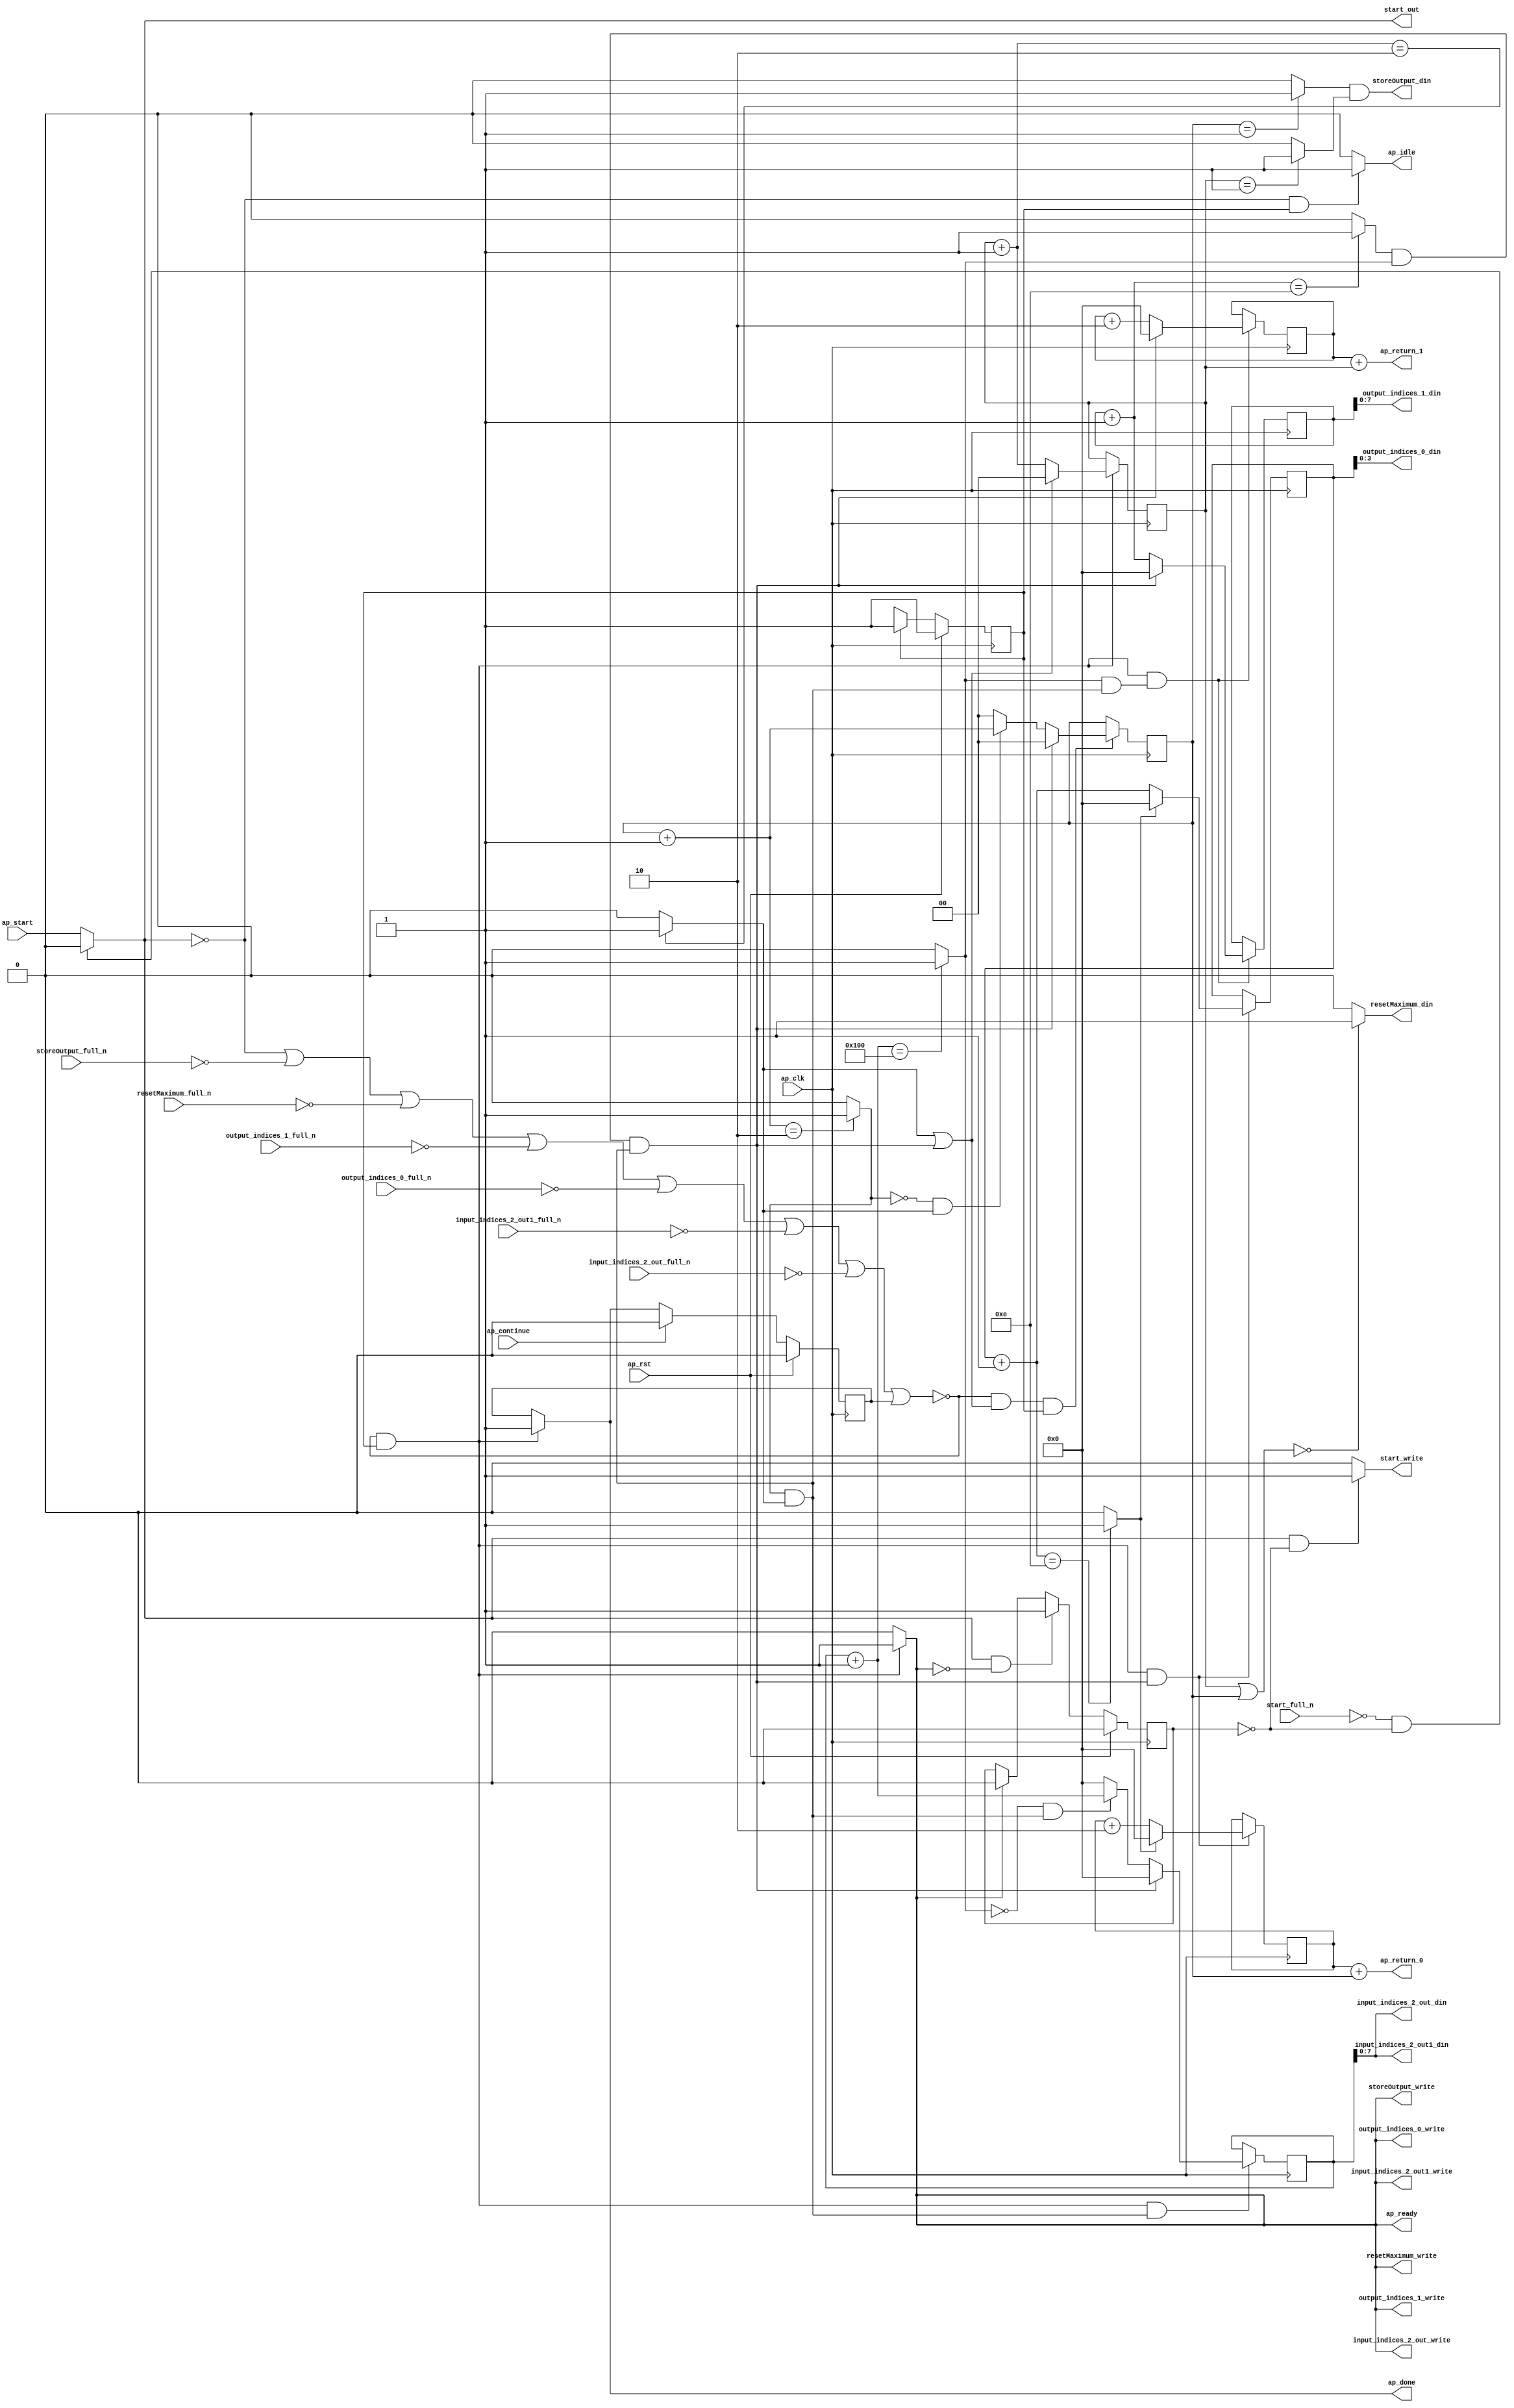
`define EXPONENT 5
`define MANTISSA 10
`define ACTUAL_MANTISSA 11
`define EXPONENT_LSB 10
`define EXPONENT_MSB 14
`define MANTISSA_LSB 0
`define MANTISSA_MSB 9
`define MANTISSA_MUL_SPLIT_LSB 3
`define MANTISSA_MUL_SPLIT_MSB 9
`define SIGN 1
`define SIGN_LOC 15
`define DWIDTH (`SIGN+`EXPONENT+`MANTISSA)
`define IEEE_COMPLIANCE 1

module td_fused_top_tdf8_get_next_ijk (
        ap_clk,
        ap_rst,
        ap_start,
        start_full_n,
        ap_done,
        ap_continue,
        ap_idle,
        ap_ready,
        start_out,
        start_write,
        input_indices_2_out_din,
        input_indices_2_out_full_n,
        input_indices_2_out_write,
        input_indices_2_out1_din,
        input_indices_2_out1_full_n,
        input_indices_2_out1_write,
        output_indices_0_din,
        output_indices_0_full_n,
        output_indices_0_write,
        output_indices_1_din,
        output_indices_1_full_n,
        output_indices_1_write,
        resetMaximum_din,
        resetMaximum_full_n,
        resetMaximum_write,
        storeOutput_din,
        storeOutput_full_n,
        storeOutput_write,
        ap_return_0,
        ap_return_1
);

parameter    ap_ST_fsm_state1 = 1'd1;

input   ap_clk;
input   ap_rst;
input   ap_start;
input   start_full_n;
output   ap_done;
input   ap_continue;
output   ap_idle;
output   ap_ready;
output   start_out;
output   start_write;
output  [7:0] input_indices_2_out_din;
input   input_indices_2_out_full_n;
output   input_indices_2_out_write;
output  [7:0] input_indices_2_out1_din;
input   input_indices_2_out1_full_n;
output   input_indices_2_out1_write;
output  [3:0] output_indices_0_din;
input   output_indices_0_full_n;
output   output_indices_0_write;
output  [7:0] output_indices_1_din;
input   output_indices_1_full_n;
output   output_indices_1_write;
output   resetMaximum_din;
input   resetMaximum_full_n;
output   resetMaximum_write;
output   storeOutput_din;
input   storeOutput_full_n;
output   storeOutput_write;
output  [15:0] ap_return_0;
output  [15:0] ap_return_1;

reg ap_done;
reg ap_idle;
reg start_write;
reg input_indices_2_out_write;
reg input_indices_2_out1_write;
reg output_indices_0_write;
reg output_indices_1_write;
reg resetMaximum_write;
reg storeOutput_write;

reg    real_start;
reg    start_once_reg;
reg    ap_done_reg;
  reg   [0:0] ap_CS_fsm;
wire    ap_CS_fsm_state1;
reg    internal_ap_ready;
reg   [1:0] i_p;
reg   [1:0] j_p;
reg   [15:0] i_8;
reg   [15:0] j_8;
reg   [15:0] k_8;
reg   [15:0] i_out;
reg   [15:0] j_out;
reg    input_indices_2_out_blk_n;
reg    input_indices_2_out1_blk_n;
reg    output_indices_0_blk_n;
reg    output_indices_1_blk_n;
reg    resetMaximum_blk_n;
reg    storeOutput_blk_n;
wire   [1:0] select_ln142_fu_336_p3;
reg    ap_block_state1;
wire   [0:0] or_ln142_fu_310_p2;
wire   [1:0] select_ln142_1_fu_344_p3;
wire   [15:0] select_ln147_fu_276_p3;
wire   [0:0] and_ln142_1_fu_304_p2;
wire   [15:0] select_ln142_2_fu_358_p3;
wire   [0:0] and_ln132_fu_352_p2;
wire   [15:0] select_ln142_3_fu_386_p3;
wire   [0:0] and_ln135_fu_292_p2;
wire   [15:0] select_ln147_1_fu_284_p3;
wire   [15:0] select_ln142_4_fu_394_p3;
wire   [7:0] trunc_ln128_fu_180_p1;
wire   [1:0] or_ln124_fu_124_p2;
wire   [0:0] icmp_ln125_fu_137_p2;
wire   [0:0] icmp_ln125_1_fu_143_p2;
wire   [15:0] zext_ln126_fu_112_p1;
wire   [15:0] zext_ln127_fu_120_p1;
wire   [1:0] add_ln131_fu_204_p2;
wire   [1:0] add_ln134_fu_216_p2;
wire   [15:0] add_ln137_fu_228_p2;
wire   [15:0] add_ln141_fu_246_p2;
wire   [15:0] add_ln146_fu_264_p2;
wire   [0:0] icmp_ln147_fu_270_p2;
wire   [15:0] add_ln145_fu_258_p2;
wire   [0:0] icmp_ln132_fu_210_p2;
wire   [0:0] icmp_ln135_fu_222_p2;
wire   [0:0] icmp_ln138_fu_234_p2;
wire   [0:0] icmp_ln142_fu_252_p2;
wire   [0:0] and_ln142_fu_298_p2;
wire   [0:0] xor_ln135_fu_316_p2;
wire   [0:0] and_ln135_1_fu_322_p2;
wire   [1:0] select_ln135_fu_328_p3;
wire   [15:0] add_ln140_fu_240_p2;
wire   [0:0] xor_ln138_fu_366_p2;
wire   [0:0] and_ln138_fu_372_p2;
wire   [15:0] select_ln138_fu_378_p3;
wire   [15:0] add_ln126_fu_160_p2;
wire   [15:0] add_ln127_fu_170_p2;
reg   [0:0] ap_NS_fsm;
wire    ap_ce_reg;

// power-on initialization
initial begin
#0 start_once_reg = 1'b0;
#0 ap_done_reg = 1'b0;
#0 ap_CS_fsm = 1'd1;
#0 i_p = 2'd0;
#0 j_p = 2'd0;
#0 i_8 = 16'd0;
#0 j_8 = 16'd0;
#0 k_8 = 16'd0;
#0 i_out = 16'd0;
#0 j_out = 16'd0;
end

always @ (posedge ap_clk) begin
    if (ap_rst == 1'b1) begin
        ap_CS_fsm <= ap_ST_fsm_state1;
    end else begin
        ap_CS_fsm <= ap_NS_fsm;
    end
end

always @ (posedge ap_clk) begin
    if (ap_rst == 1'b1) begin
        ap_done_reg <= 1'b0;
    end else begin
        if ((ap_continue == 1'b1)) begin
            ap_done_reg <= 1'b0;
        end else if ((~((real_start == 1'b0) | (storeOutput_full_n == 1'b0) | (resetMaximum_full_n == 1'b0) | (output_indices_1_full_n == 1'b0) | (output_indices_0_full_n == 1'b0) | (input_indices_2_out1_full_n == 1'b0) | (input_indices_2_out_full_n == 1'b0) | (ap_done_reg == 1'b1)) & (1'b1 == ap_CS_fsm_state1))) begin
            ap_done_reg <= 1'b1;
        end
    end
end

always @ (posedge ap_clk) begin
    if (ap_rst == 1'b1) begin
        start_once_reg <= 1'b0;
    end else begin
        if (((real_start == 1'b1) & (internal_ap_ready == 1'b0))) begin
            start_once_reg <= 1'b1;
        end else if ((internal_ap_ready == 1'b1)) begin
            start_once_reg <= 1'b0;
        end
    end
end

always @ (posedge ap_clk) begin
    if ((~((real_start == 1'b0) | (storeOutput_full_n == 1'b0) | (resetMaximum_full_n == 1'b0) | (output_indices_1_full_n == 1'b0) | (output_indices_0_full_n == 1'b0) | (input_indices_2_out1_full_n == 1'b0) | (input_indices_2_out_full_n == 1'b0) | (ap_done_reg == 1'b1)) & (1'b1 == ap_CS_fsm_state1) & (1'd1 == and_ln142_1_fu_304_p2))) begin
        i_8 <= select_ln147_fu_276_p3;
        i_out <= select_ln147_1_fu_284_p3;
    end
end

always @ (posedge ap_clk) begin
    if ((~((real_start == 1'b0) | (storeOutput_full_n == 1'b0) | (resetMaximum_full_n == 1'b0) | (output_indices_1_full_n == 1'b0) | (output_indices_0_full_n == 1'b0) | (input_indices_2_out1_full_n == 1'b0) | (input_indices_2_out_full_n == 1'b0) | (ap_done_reg == 1'b1)) & (or_ln142_fu_310_p2 == 1'd1) & (1'b1 == ap_CS_fsm_state1))) begin
        i_p <= select_ln142_fu_336_p3;
    end
end

always @ (posedge ap_clk) begin
    if ((~((real_start == 1'b0) | (storeOutput_full_n == 1'b0) | (resetMaximum_full_n == 1'b0) | (output_indices_1_full_n == 1'b0) | (output_indices_0_full_n == 1'b0) | (input_indices_2_out1_full_n == 1'b0) | (input_indices_2_out_full_n == 1'b0) | (ap_done_reg == 1'b1)) & (1'b1 == ap_CS_fsm_state1) & (1'd1 == and_ln132_fu_352_p2))) begin
        j_8 <= select_ln142_2_fu_358_p3;
        j_out <= select_ln142_4_fu_394_p3;
    end
end

always @ (posedge ap_clk) begin
    if ((~((real_start == 1'b0) | (storeOutput_full_n == 1'b0) | (resetMaximum_full_n == 1'b0) | (output_indices_1_full_n == 1'b0) | (output_indices_0_full_n == 1'b0) | (input_indices_2_out1_full_n == 1'b0) | (input_indices_2_out_full_n == 1'b0) | (ap_done_reg == 1'b1)) & (1'b1 == ap_CS_fsm_state1))) begin
        j_p <= select_ln142_1_fu_344_p3;
    end
end

always @ (posedge ap_clk) begin
    if ((~((real_start == 1'b0) | (storeOutput_full_n == 1'b0) | (resetMaximum_full_n == 1'b0) | (output_indices_1_full_n == 1'b0) | (output_indices_0_full_n == 1'b0) | (input_indices_2_out1_full_n == 1'b0) | (input_indices_2_out_full_n == 1'b0) | (ap_done_reg == 1'b1)) & (1'b1 == ap_CS_fsm_state1) & (1'd1 == and_ln135_fu_292_p2))) begin
        k_8 <= select_ln142_3_fu_386_p3;
    end
end

always @ (*) begin
    if ((~((real_start == 1'b0) | (storeOutput_full_n == 1'b0) | (resetMaximum_full_n == 1'b0) | (output_indices_1_full_n == 1'b0) | (output_indices_0_full_n == 1'b0) | (input_indices_2_out1_full_n == 1'b0) | (input_indices_2_out_full_n == 1'b0) | (ap_done_reg == 1'b1)) & (1'b1 == ap_CS_fsm_state1))) begin
        ap_done = 1'b1;
    end else begin
        ap_done = ap_done_reg;
    end
end

always @ (*) begin
    if (((real_start == 1'b0) & (1'b1 == ap_CS_fsm_state1))) begin
        ap_idle = 1'b1;
    end else begin
        ap_idle = 1'b0;
    end
end

always @ (*) begin
    if ((~((real_start == 1'b0) | (ap_done_reg == 1'b1)) & (1'b1 == ap_CS_fsm_state1))) begin
        input_indices_2_out1_blk_n = input_indices_2_out1_full_n;
    end else begin
        input_indices_2_out1_blk_n = 1'b1;
    end
end

always @ (*) begin
    if ((~((real_start == 1'b0) | (storeOutput_full_n == 1'b0) | (resetMaximum_full_n == 1'b0) | (output_indices_1_full_n == 1'b0) | (output_indices_0_full_n == 1'b0) | (input_indices_2_out1_full_n == 1'b0) | (input_indices_2_out_full_n == 1'b0) | (ap_done_reg == 1'b1)) & (1'b1 == ap_CS_fsm_state1))) begin
        input_indices_2_out1_write = 1'b1;
    end else begin
        input_indices_2_out1_write = 1'b0;
    end
end

always @ (*) begin
    if ((~((real_start == 1'b0) | (ap_done_reg == 1'b1)) & (1'b1 == ap_CS_fsm_state1))) begin
        input_indices_2_out_blk_n = input_indices_2_out_full_n;
    end else begin
        input_indices_2_out_blk_n = 1'b1;
    end
end

always @ (*) begin
    if ((~((real_start == 1'b0) | (storeOutput_full_n == 1'b0) | (resetMaximum_full_n == 1'b0) | (output_indices_1_full_n == 1'b0) | (output_indices_0_full_n == 1'b0) | (input_indices_2_out1_full_n == 1'b0) | (input_indices_2_out_full_n == 1'b0) | (ap_done_reg == 1'b1)) & (1'b1 == ap_CS_fsm_state1))) begin
        input_indices_2_out_write = 1'b1;
    end else begin
        input_indices_2_out_write = 1'b0;
    end
end

always @ (*) begin
    if ((~((real_start == 1'b0) | (storeOutput_full_n == 1'b0) | (resetMaximum_full_n == 1'b0) | (output_indices_1_full_n == 1'b0) | (output_indices_0_full_n == 1'b0) | (input_indices_2_out1_full_n == 1'b0) | (input_indices_2_out_full_n == 1'b0) | (ap_done_reg == 1'b1)) & (1'b1 == ap_CS_fsm_state1))) begin
        internal_ap_ready = 1'b1;
    end else begin
        internal_ap_ready = 1'b0;
    end
end

always @ (*) begin
    if ((~((real_start == 1'b0) | (ap_done_reg == 1'b1)) & (1'b1 == ap_CS_fsm_state1))) begin
        output_indices_0_blk_n = output_indices_0_full_n;
    end else begin
        output_indices_0_blk_n = 1'b1;
    end
end

always @ (*) begin
    if ((~((real_start == 1'b0) | (storeOutput_full_n == 1'b0) | (resetMaximum_full_n == 1'b0) | (output_indices_1_full_n == 1'b0) | (output_indices_0_full_n == 1'b0) | (input_indices_2_out1_full_n == 1'b0) | (input_indices_2_out_full_n == 1'b0) | (ap_done_reg == 1'b1)) & (1'b1 == ap_CS_fsm_state1))) begin
        output_indices_0_write = 1'b1;
    end else begin
        output_indices_0_write = 1'b0;
    end
end

always @ (*) begin
    if ((~((real_start == 1'b0) | (ap_done_reg == 1'b1)) & (1'b1 == ap_CS_fsm_state1))) begin
        output_indices_1_blk_n = output_indices_1_full_n;
    end else begin
        output_indices_1_blk_n = 1'b1;
    end
end

always @ (*) begin
    if ((~((real_start == 1'b0) | (storeOutput_full_n == 1'b0) | (resetMaximum_full_n == 1'b0) | (output_indices_1_full_n == 1'b0) | (output_indices_0_full_n == 1'b0) | (input_indices_2_out1_full_n == 1'b0) | (input_indices_2_out_full_n == 1'b0) | (ap_done_reg == 1'b1)) & (1'b1 == ap_CS_fsm_state1))) begin
        output_indices_1_write = 1'b1;
    end else begin
        output_indices_1_write = 1'b0;
    end
end

always @ (*) begin
    if (((start_full_n == 1'b0) & (start_once_reg == 1'b0))) begin
        real_start = 1'b0;
    end else begin
        real_start = ap_start;
    end
end

always @ (*) begin
    if ((~((real_start == 1'b0) | (ap_done_reg == 1'b1)) & (1'b1 == ap_CS_fsm_state1))) begin
        resetMaximum_blk_n = resetMaximum_full_n;
    end else begin
        resetMaximum_blk_n = 1'b1;
    end
end

always @ (*) begin
    if ((~((real_start == 1'b0) | (storeOutput_full_n == 1'b0) | (resetMaximum_full_n == 1'b0) | (output_indices_1_full_n == 1'b0) | (output_indices_0_full_n == 1'b0) | (input_indices_2_out1_full_n == 1'b0) | (input_indices_2_out_full_n == 1'b0) | (ap_done_reg == 1'b1)) & (1'b1 == ap_CS_fsm_state1))) begin
        resetMaximum_write = 1'b1;
    end else begin
        resetMaximum_write = 1'b0;
    end
end

always @ (*) begin
    if (((real_start == 1'b1) & (start_once_reg == 1'b0))) begin
        start_write = 1'b1;
    end else begin
        start_write = 1'b0;
    end
end

always @ (*) begin
    if ((~((real_start == 1'b0) | (ap_done_reg == 1'b1)) & (1'b1 == ap_CS_fsm_state1))) begin
        storeOutput_blk_n = storeOutput_full_n;
    end else begin
        storeOutput_blk_n = 1'b1;
    end
end

always @ (*) begin
    if ((~((real_start == 1'b0) | (storeOutput_full_n == 1'b0) | (resetMaximum_full_n == 1'b0) | (output_indices_1_full_n == 1'b0) | (output_indices_0_full_n == 1'b0) | (input_indices_2_out1_full_n == 1'b0) | (input_indices_2_out_full_n == 1'b0) | (ap_done_reg == 1'b1)) & (1'b1 == ap_CS_fsm_state1))) begin
        storeOutput_write = 1'b1;
    end else begin
        storeOutput_write = 1'b0;
    end
end

always @ (*) begin
    case (ap_CS_fsm)
        ap_ST_fsm_state1 : begin
            ap_NS_fsm = ap_ST_fsm_state1;
        end
        default : begin
            ap_NS_fsm = 'bx;
        end
    endcase
end

assign add_ln126_fu_160_p2 = (i_8 + zext_ln126_fu_112_p1);

assign add_ln127_fu_170_p2 = (j_8 + zext_ln127_fu_120_p1);

assign add_ln131_fu_204_p2 = (j_p + 2'd1);

assign add_ln134_fu_216_p2 = (i_p + 2'd1);

assign add_ln137_fu_228_p2 = (k_8 + 16'd1);

assign add_ln140_fu_240_p2 = (j_8 + 16'd2);

assign add_ln141_fu_246_p2 = (j_out + 16'd1);

assign add_ln145_fu_258_p2 = (i_8 + 16'd2);

assign add_ln146_fu_264_p2 = (i_out + 16'd1);

assign and_ln132_fu_352_p2 = (icmp_ln138_fu_234_p2 & and_ln135_fu_292_p2);

assign and_ln135_1_fu_322_p2 = (xor_ln135_fu_316_p2 & icmp_ln132_fu_210_p2);

assign and_ln135_fu_292_p2 = (icmp_ln135_fu_222_p2 & icmp_ln132_fu_210_p2);

assign and_ln138_fu_372_p2 = (xor_ln138_fu_366_p2 & and_ln135_fu_292_p2);

assign and_ln142_1_fu_304_p2 = (and_ln142_fu_298_p2 & and_ln135_fu_292_p2);

assign and_ln142_fu_298_p2 = (icmp_ln142_fu_252_p2 & icmp_ln138_fu_234_p2);

assign ap_CS_fsm_state1 = ap_CS_fsm[32'd0];

always @ (*) begin
    ap_block_state1 = ((real_start == 1'b0) | (storeOutput_full_n == 1'b0) | (resetMaximum_full_n == 1'b0) | (output_indices_1_full_n == 1'b0) | (output_indices_0_full_n == 1'b0) | (input_indices_2_out1_full_n == 1'b0) | (input_indices_2_out_full_n == 1'b0) | (ap_done_reg == 1'b1));
end

assign ap_ready = internal_ap_ready;

assign ap_return_0 = add_ln126_fu_160_p2;

assign ap_return_1 = add_ln127_fu_170_p2;

assign icmp_ln125_1_fu_143_p2 = ((j_p == 2'd1) ? 1'b1 : 1'b0);

assign icmp_ln125_fu_137_p2 = ((i_p == 2'd1) ? 1'b1 : 1'b0);

assign icmp_ln132_fu_210_p2 = ((add_ln131_fu_204_p2 == 2'd2) ? 1'b1 : 1'b0);

assign icmp_ln135_fu_222_p2 = ((add_ln134_fu_216_p2 == 2'd2) ? 1'b1 : 1'b0);

assign icmp_ln138_fu_234_p2 = ((add_ln137_fu_228_p2 == 16'd256) ? 1'b1 : 1'b0);

assign icmp_ln142_fu_252_p2 = ((add_ln141_fu_246_p2 == 16'd14) ? 1'b1 : 1'b0);

assign icmp_ln147_fu_270_p2 = ((add_ln146_fu_264_p2 == 16'd14) ? 1'b1 : 1'b0);

assign input_indices_2_out1_din = trunc_ln128_fu_180_p1;

assign input_indices_2_out_din = trunc_ln128_fu_180_p1;

assign or_ln124_fu_124_p2 = (j_p | i_p);

assign or_ln142_fu_310_p2 = (icmp_ln132_fu_210_p2 | and_ln142_1_fu_304_p2);

assign output_indices_0_din = i_out[3:0];

assign output_indices_1_din = j_out[7:0];

assign resetMaximum_din = ((or_ln124_fu_124_p2 == 2'd0) ? 1'b1 : 1'b0);

assign select_ln135_fu_328_p3 = ((and_ln135_1_fu_322_p2[0:0] == 1'b1) ? add_ln134_fu_216_p2 : 2'd0);

assign select_ln138_fu_378_p3 = ((and_ln138_fu_372_p2[0:0] == 1'b1) ? add_ln137_fu_228_p2 : 16'd0);

assign select_ln142_1_fu_344_p3 = ((or_ln142_fu_310_p2[0:0] == 1'b1) ? 2'd0 : add_ln131_fu_204_p2);

assign select_ln142_2_fu_358_p3 = ((and_ln142_1_fu_304_p2[0:0] == 1'b1) ? 16'd0 : add_ln140_fu_240_p2);

assign select_ln142_3_fu_386_p3 = ((and_ln142_1_fu_304_p2[0:0] == 1'b1) ? 16'd0 : select_ln138_fu_378_p3);

assign select_ln142_4_fu_394_p3 = ((and_ln142_1_fu_304_p2[0:0] == 1'b1) ? 16'd0 : add_ln141_fu_246_p2);

assign select_ln142_fu_336_p3 = ((and_ln142_1_fu_304_p2[0:0] == 1'b1) ? 2'd0 : select_ln135_fu_328_p3);

assign select_ln147_1_fu_284_p3 = ((icmp_ln147_fu_270_p2[0:0] == 1'b1) ? 16'd0 : add_ln146_fu_264_p2);

assign select_ln147_fu_276_p3 = ((icmp_ln147_fu_270_p2[0:0] == 1'b1) ? 16'd0 : add_ln145_fu_258_p2);

assign start_out = real_start;

assign storeOutput_din = (icmp_ln125_fu_137_p2 & icmp_ln125_1_fu_143_p2);

assign trunc_ln128_fu_180_p1 = k_8[7:0];

assign xor_ln135_fu_316_p2 = (icmp_ln135_fu_222_p2 ^ 1'd1);

assign xor_ln138_fu_366_p2 = (icmp_ln138_fu_234_p2 ^ 1'd1);

assign zext_ln126_fu_112_p1 = i_p;

assign zext_ln127_fu_120_p1 = j_p;

endmodule //td_fused_top_tdf8_get_next_ijk